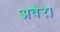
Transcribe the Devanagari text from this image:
अवैरा